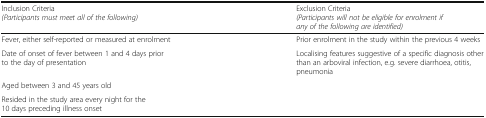
| Inclusion Criteria(Participants must meet all of the following) | Exclusion Criteria(Participants will not be eligible for enrolment if any of the following are identified) |
 | --- | --- |
 | Fever, either self-reported or measured at enrolment | Prior enrolment in the study within the previous 4 weeks |
 | Date of onset of fever between 1 and 4 days prior to the day of presentation | Localising features suggestive of a specific diagnosis other than an arboviral infection, e.g. severe diarrhoea, otitis, pneumonia |
 | Aged between 3 and 45 years old |  |
 | Resided in the study area every night for the 10 days preceding illness onset |  |